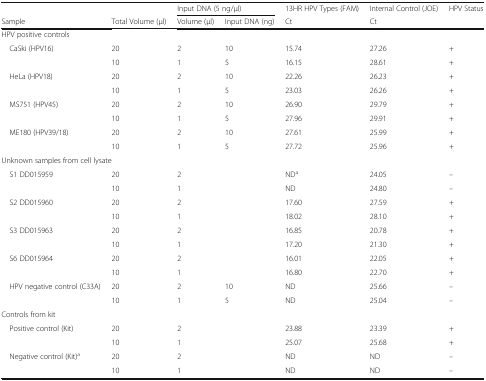
<table><thead><tr><td></td><td></td><td colspan="2"><b>Input DNA (5 ng/μl)</b></td><td><b>13HR HPV Types (FAM)</b></td><td><b>Internal Control (JOE)</b></td><td><b>HPV Status</b></td></tr><tr><td><b>Sample</b></td><td><b>Total Volume (μl)</b></td><td><b>Volume (μl)</b></td><td><b>Input DNA (ng)</b></td><td><b>Ct</b></td><td><b>Ct</b></td><td></td></tr></thead><tbody><tr><td colspan="7">HPV positive controls</td></tr><tr><td rowspan="2"> CaSki (HPV16)</td><td>20</td><td>2</td><td>10</td><td>15.74</td><td>27.26</td><td>+</td></tr><tr><td>10</td><td>1</td><td>5</td><td>16.15</td><td>28.61</td><td>+</td></tr><tr><td rowspan="2"> HeLa (HPV18)</td><td>20</td><td>2</td><td>10</td><td>22.26</td><td>26.23</td><td>+</td></tr><tr><td>10</td><td>1</td><td>5</td><td>23.03</td><td>26.26</td><td>+</td></tr><tr><td rowspan="2"> MS751 (HPV45)</td><td>20</td><td>2</td><td>10</td><td>26.90</td><td>29.79</td><td>+</td></tr><tr><td>10</td><td>1</td><td>5</td><td>27.96</td><td>29.91</td><td>+</td></tr><tr><td rowspan="2"> ME180 (HPV39/18)</td><td>20</td><td>2</td><td>10</td><td>27.61</td><td>25.99</td><td>+</td></tr><tr><td>10</td><td>1</td><td>5</td><td>27.72</td><td>25.96</td><td>+</td></tr><tr><td colspan="7">Unknown samples from cell lysate</td></tr><tr><td rowspan="2"> S1 DD015959</td><td>20</td><td>2</td><td></td><td>ND<sup>a</sup></td><td>24.05</td><td>–</td></tr><tr><td>10</td><td>1</td><td></td><td>ND</td><td>24.80</td><td>–</td></tr><tr><td rowspan="2"> S2 DD015960</td><td>20</td><td>2</td><td></td><td>17.60</td><td>27.59</td><td>+</td></tr><tr><td>10</td><td>1</td><td></td><td>18.02</td><td>28.10</td><td>+</td></tr><tr><td rowspan="2"> S3 DD015963</td><td>20</td><td>2</td><td></td><td>16.85</td><td>20.78</td><td>+</td></tr><tr><td>10</td><td>1</td><td></td><td>17.20</td><td>21.30</td><td>+</td></tr><tr><td rowspan="2"> S6 DD015964</td><td>20</td><td>2</td><td></td><td>16.01</td><td>22.05</td><td>+</td></tr><tr><td>10</td><td>1</td><td></td><td>16.80</td><td>22.70</td><td>+</td></tr><tr><td rowspan="2"> HPV negative control (C33A)</td><td>20</td><td>2</td><td>10</td><td>ND</td><td>25.66</td><td>–</td></tr><tr><td>10</td><td>1</td><td>5</td><td>ND</td><td>25.04</td><td>–</td></tr><tr><td colspan="7">Controls from kit</td></tr><tr><td rowspan="2"> Positive control (Kit)</td><td>20</td><td>2</td><td></td><td>23.88</td><td>23.39</td><td>+</td></tr><tr><td>10</td><td>1</td><td></td><td>25.07</td><td>25.68</td><td>+</td></tr><tr><td rowspan="2"> Negative control (Kit)<sup>a</sup></td><td>20</td><td>2</td><td></td><td>ND</td><td>ND</td><td>–</td></tr><tr><td>10</td><td>1</td><td></td><td>ND</td><td>ND</td><td>–</td></tr></tbody></table>